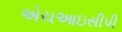
એચઆઇસીપી